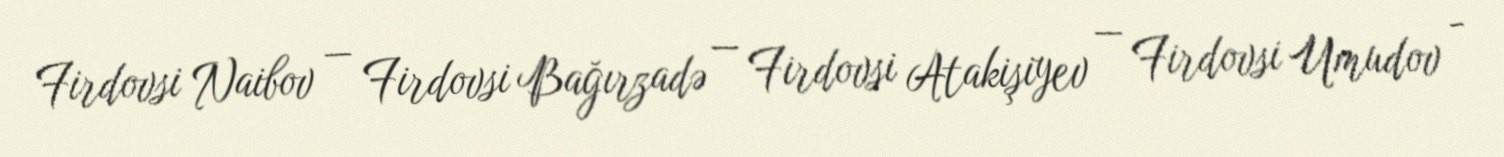
Firdovsi Naibov — Firdovsi Bağırzadə — Firdovsi Atakişiyev — Firdovsi Umudov -